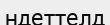
ндеттелд